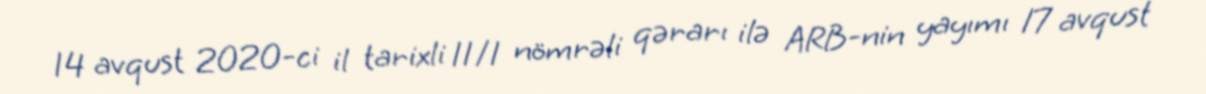
14 avqust 2020-ci il tarixli 11/1 nömrəli qərarı ilə ARB-nin yayımı 17 avqust